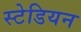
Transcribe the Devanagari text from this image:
स्टेडियन